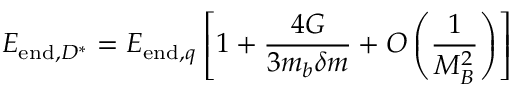
E _ { \mathrm { e n d } , D ^ { * } } = E _ { \mathrm { e n d } , q } \left[ 1 + { \frac { 4 G } { 3 m _ { b } \delta m } } + { \cal O } \left( { \frac { 1 } { M _ { B } ^ { 2 } } } \right) \right]